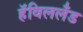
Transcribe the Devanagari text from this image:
हॅविललँड